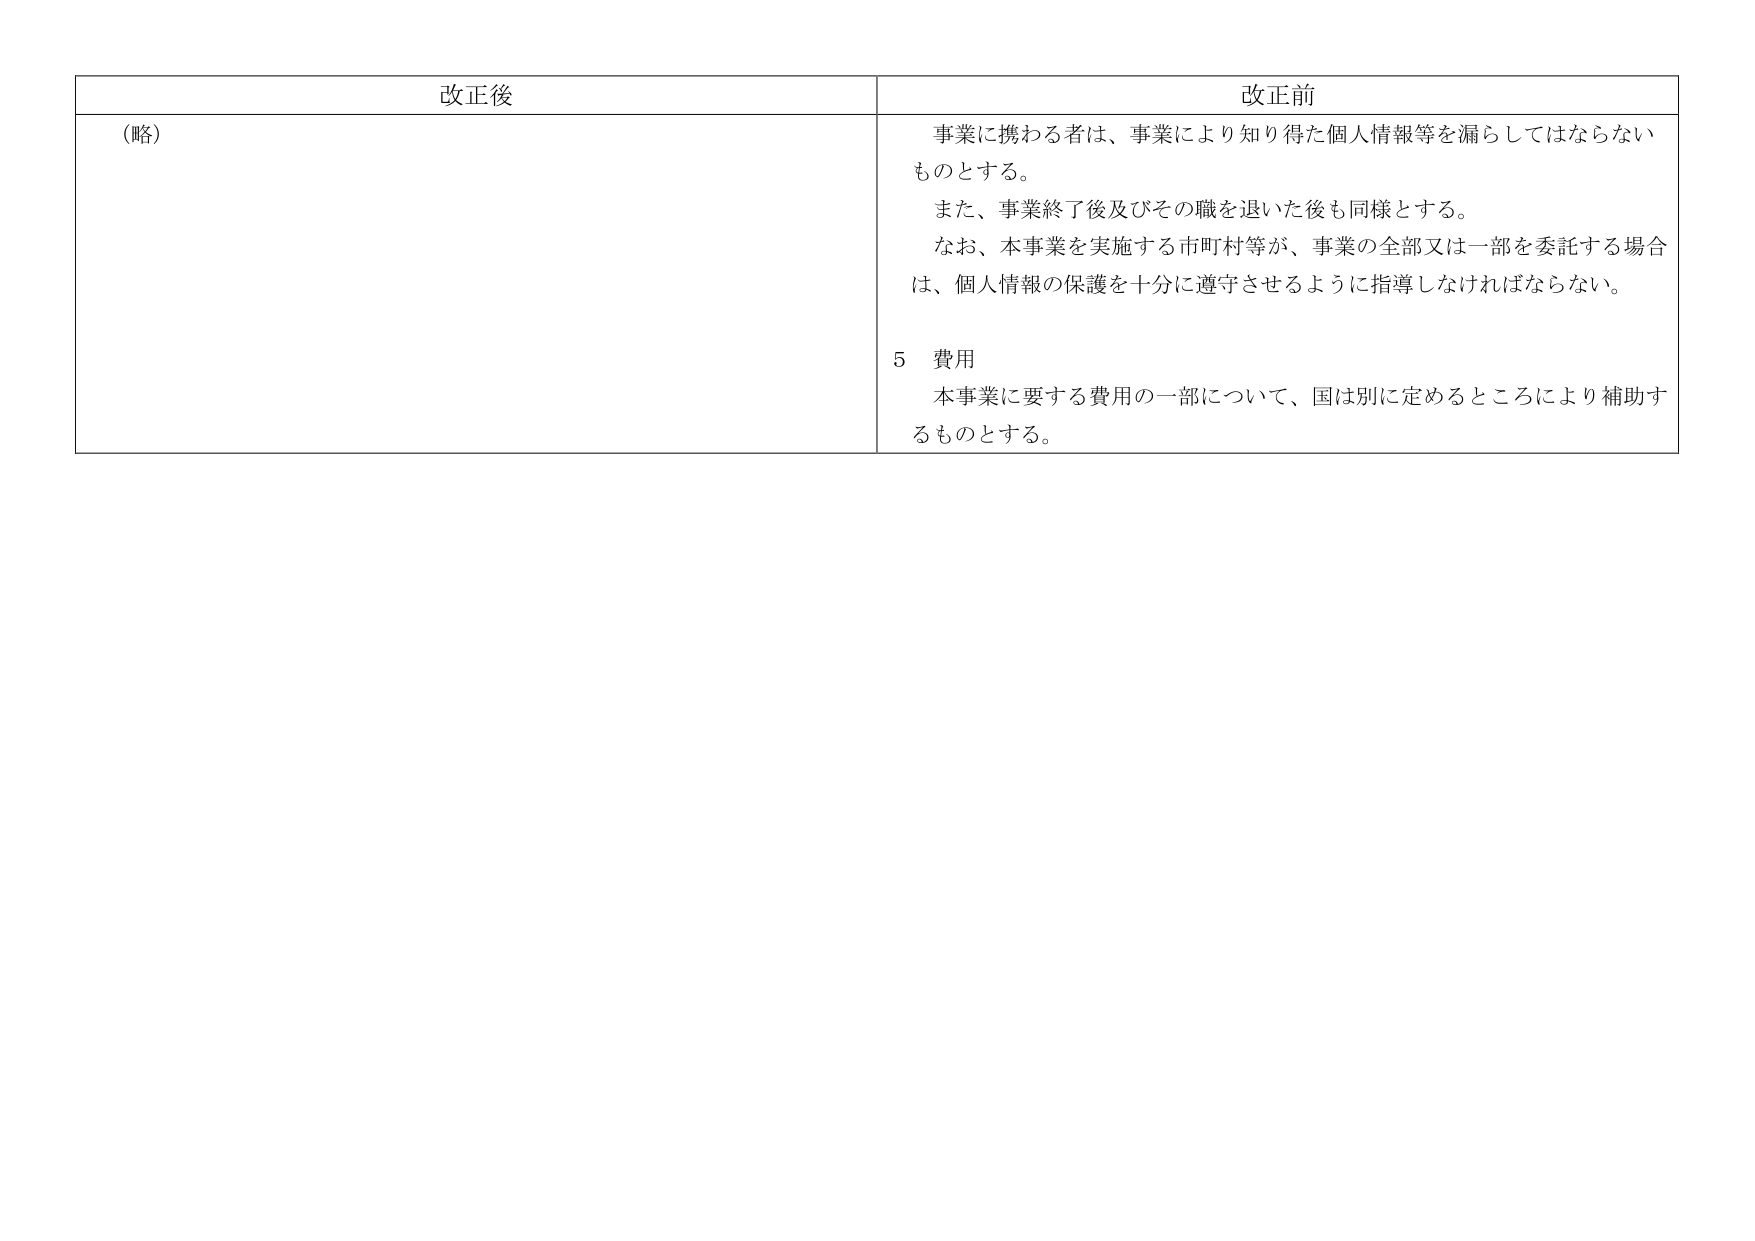
改正後
（略）

改正前
事業に携わる者は、事業により知り得た個人情報等を漏らしてはならないものとする。
また、事業終了後及びその職を退いた後も同様とする。
なお、本事業を実施する市町村等が、事業の全部又は一部を委託する場合は、個人情報の保護を十分に遵守させるように指導しなければならない。

５ 費用
本事業に要する費用の一部について、国は別に定めるところにより補助するものとする。